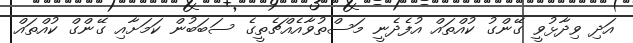
އަދި ވިދާޅުވީ ގޭންގު ކުއްތައް އުފެދެނީ މަސްތުވާއެއްޗެތީގެ ސަބަބުން ކަމަށާއި ގޭންގް ކުއްތައް